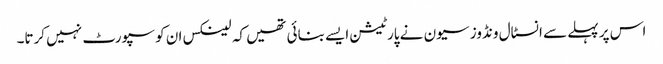
اس پر پہلے سے انسٹال ونڈوز سیون نے پارٹیشن ایسے بنائی تھیں کہ لینکس ان کو سپورٹ نہیں کرتا۔